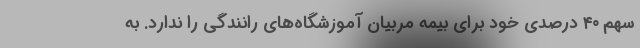
سهم ۴۰ درصدی خود برای بیمه مربیان آموزشگاه‌های رانندگی را ندارد. به